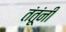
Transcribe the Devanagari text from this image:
तंतूंनी